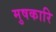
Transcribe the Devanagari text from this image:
मुषकारि